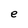
Character: e